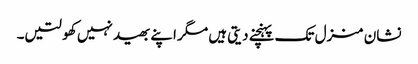
نشان منزل تک پہنچنے دیتی ہیں مگر اپنے بھید نہیں کھولتیں۔